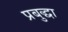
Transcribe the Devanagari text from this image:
प्रबुद्धा